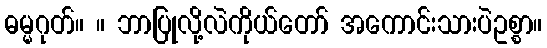
ဓမ္မဂုတ်။ ။ ဘာပြုလို့လဲကိုယ်တော် အကောင်းသားပဲဥစ္စာ။